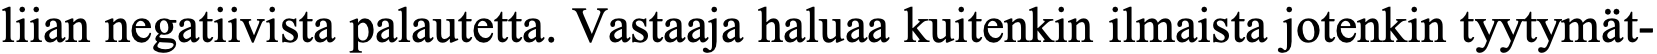
liian negatiivista palautetta. Vastaaja haluaa kuitenkin ilmaista jotenkin tyytymät-